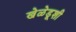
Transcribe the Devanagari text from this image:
खेळेडूशी